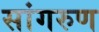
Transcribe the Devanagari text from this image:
सांगरुण